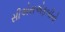
સીએસએફબીનો